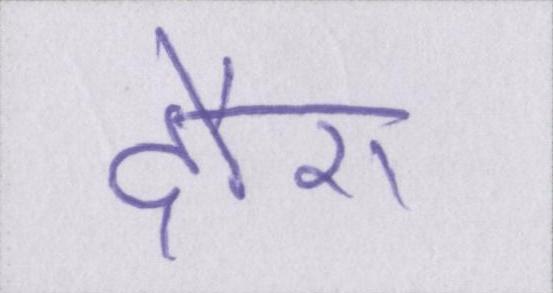
दौरा